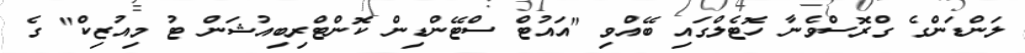
ލަންޑަންގެ ގްރޮސްވެނާ ހޮޓެލްގައި ބޭއްވި "އައުޓް ސްޓޭންޑިން ކޮންޓްރިބިއުޝަން ޓު މިއުޒިކް" ގެ